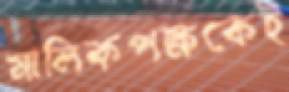
মালিকপক্ষকেই